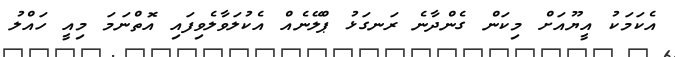
އެކަމަކު އީޔޫއަށް މިކަން ގެންދާނެ ރަނގަޅު ޕްލޭނެއް އެކުލަވާލެވިފައި އޮތްނަމަ މިއީ ހައްލު